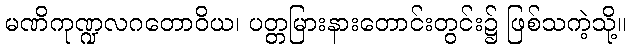
မဏိကုဏ္ဍလဂတောဝိယ၊ ပတ္တမြားနားတောင်းတွင်း၌ ဖြစ်သကဲ့သို့။